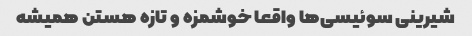
شیرینی سوئیسی‌ها واقعا خوشمزه و تازه هستن همیشه